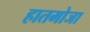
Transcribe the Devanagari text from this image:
हातमोजा